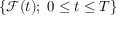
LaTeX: \{ { \mathcal { F } } ( t ) ; \; 0 \leq t \leq T \}